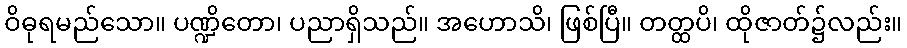
ဝိဓုရမည်သော။ ပဏ္ဍိတော၊ ပညာရှိသည်။ အဟောသိ၊ ဖြစ်ပြီ။ တတ္ထပိ၊ ထိုဇာတ်၌လည်း။